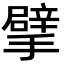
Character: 擘